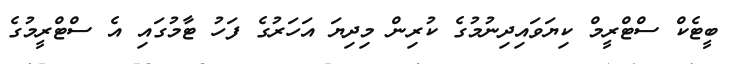
ބީޓެކް ސްޓްރީމް ކިޔަވައިދިނުމުގެ ކުރިން މިދިޔަ އަހަރުގެ ފަހު ޓާމުގައި އެ ސްޓްރީމުގެ